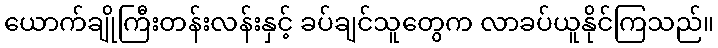
ယောက်ချိုကြီးတန်းလန်းနှင့် ခပ်ချင်သူတွေက လာခပ်ယူနိုင်ကြသည်။